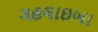
ગહલાઇબા